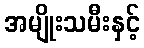
အမျိုးသမီးနှင့်